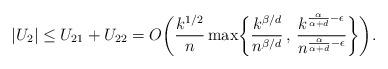
LaTeX: \begin{align*}|U_2| \leq U_{21} + U_{22} = O\biggl(\frac{k^{1/2}}{n}\max\biggl\{\frac{k^{\beta/d}}{n^{\beta/d}} \, , \, \frac{k^{\frac{\alpha}{\alpha+d} - \epsilon}}{n^{\frac{\alpha}{\alpha+d} - \epsilon}}\biggr\}\biggr).\end{align*}